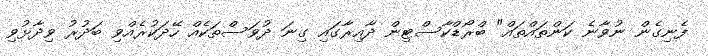
ފެނިގެން ނުވާނެ ކަންތައްތައް" ބްރޯޑްކާސްޓިން ދާއިރާގައި ގިނަ ދުވަސްތަކެއް ހޭދަކުރެއްވި ބަދުރު ވިދާޅުވި